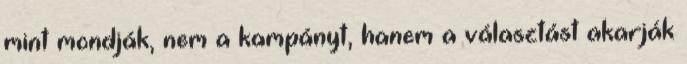
mint mondják, nem a kampányt, hanem a választást akarják